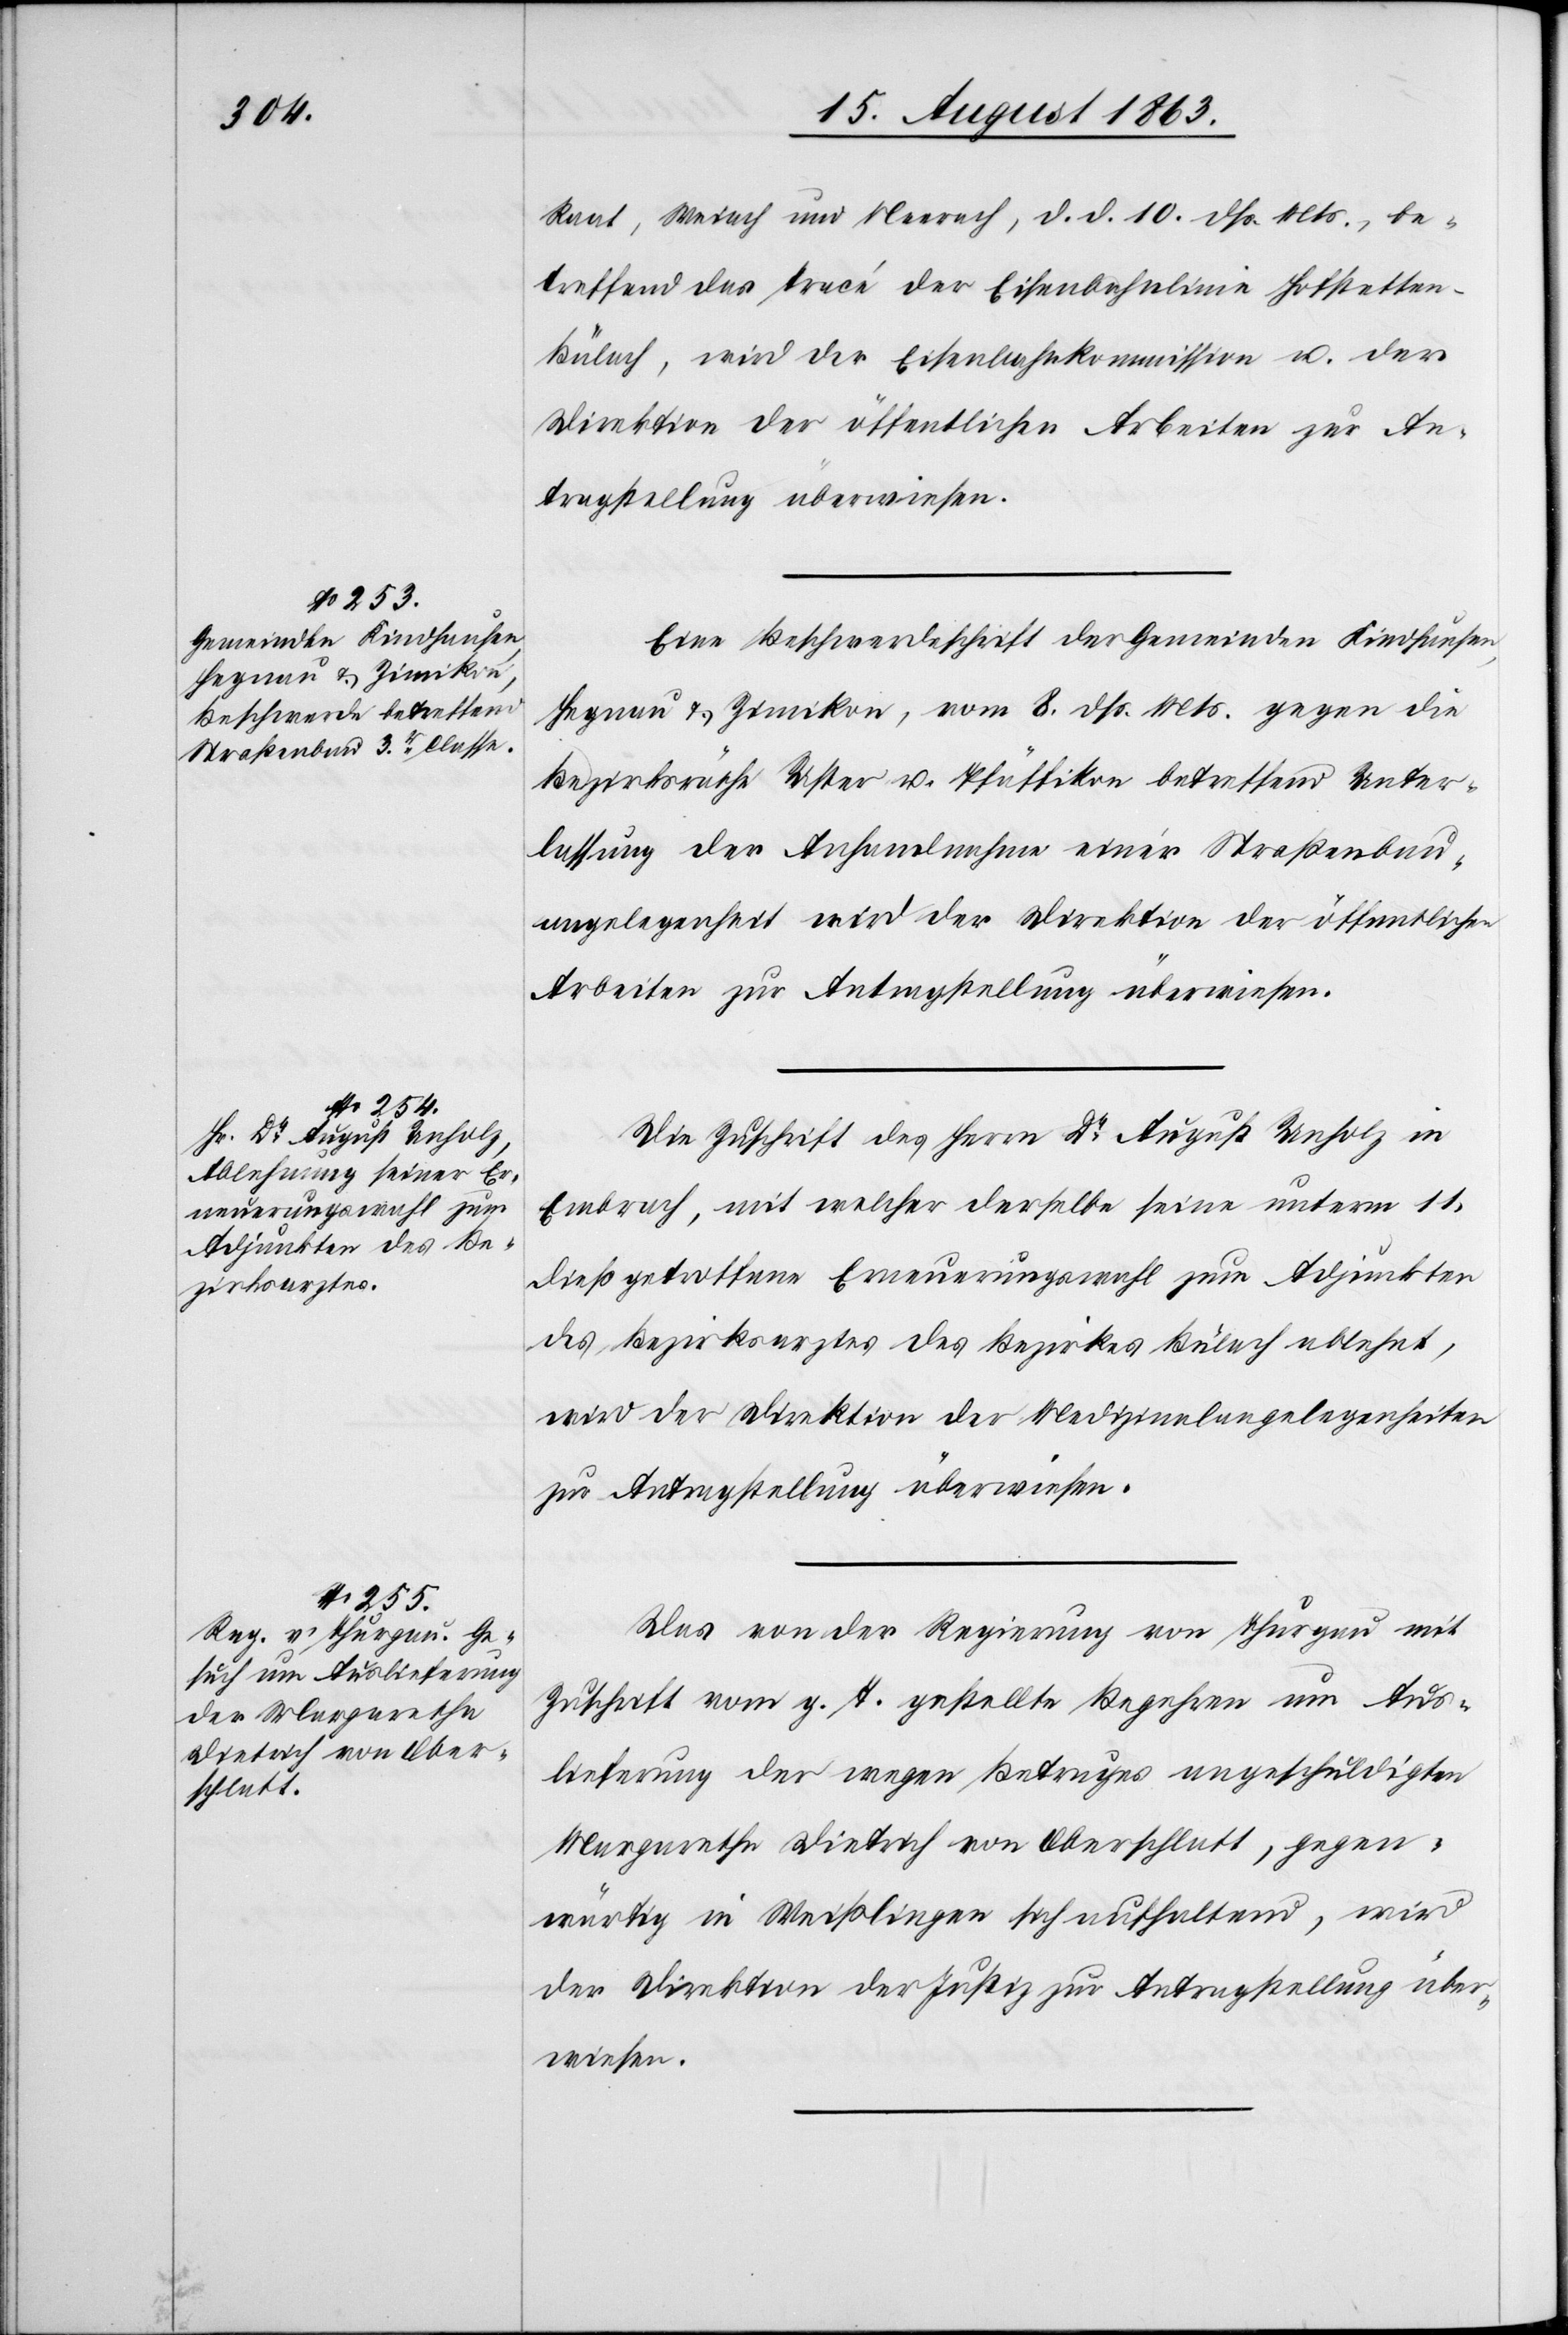
15. August 1863.]
Raat, Weiach und Neerach, d. d. 10. dß. Mts., be¬
treffend das Tracé der Eisenbahnlinie Hofstette¬
n–Bülach, wird der Eisenbahnkommission u. der
Direktion der öffentlichen Arbeiten zur An¬
tragstellung überwiesen.
Eine Beschwerdeschrift der Gemeinden Kindhausen,
Hegnau & Zimikon, vom 8. dß. Mts. gegen die
Bezirksräthe Uster u. Pfäffikon betreffend Unter¬
lassung der Anhandnahme einer Straßenbau¬
angelegenheit wird der Direktion der öffentlichen
Arbeiten zur Antragstellung überwiesen.
Die Zuschrift des Herrn Dr August Unholz in
Embrach, mit welcher derselbe seine unterm 11.
dieß getroffene Erneuerungswahl zum Adjunkten
des Bezirksarztes des Bezirkes Bülach ablehnt,
wird der Direktion der Medizinalangelegenheiten
zur Antragstellung überwiesen.
Das von der Regierung von Thurgau mit
Zuschrift vom g. T. gestellte Begehren um Aus¬
lieferung der wegen Betruges angeschuldigten
Margaretha Dietrich von Oberschlatt, gegen¬
wärtig in Weißlingen sich aufhaltend, wird
der Direktion der Justiz zur Antragstellung über¬
wiesen.